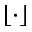
\lfloor \cdot \rfloor